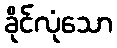
ခိုင်လုံသော